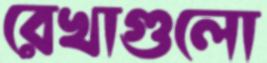
রেখাগুলো